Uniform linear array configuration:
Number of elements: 64
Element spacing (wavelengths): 0.5
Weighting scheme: hamming
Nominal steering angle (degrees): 45
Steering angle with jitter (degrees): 43.283
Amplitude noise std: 0.05
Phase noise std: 0.05

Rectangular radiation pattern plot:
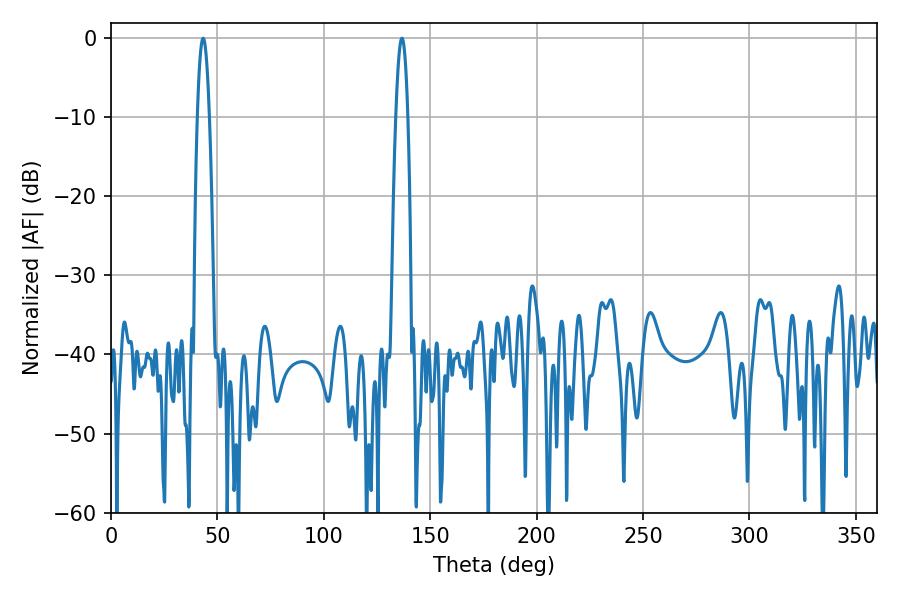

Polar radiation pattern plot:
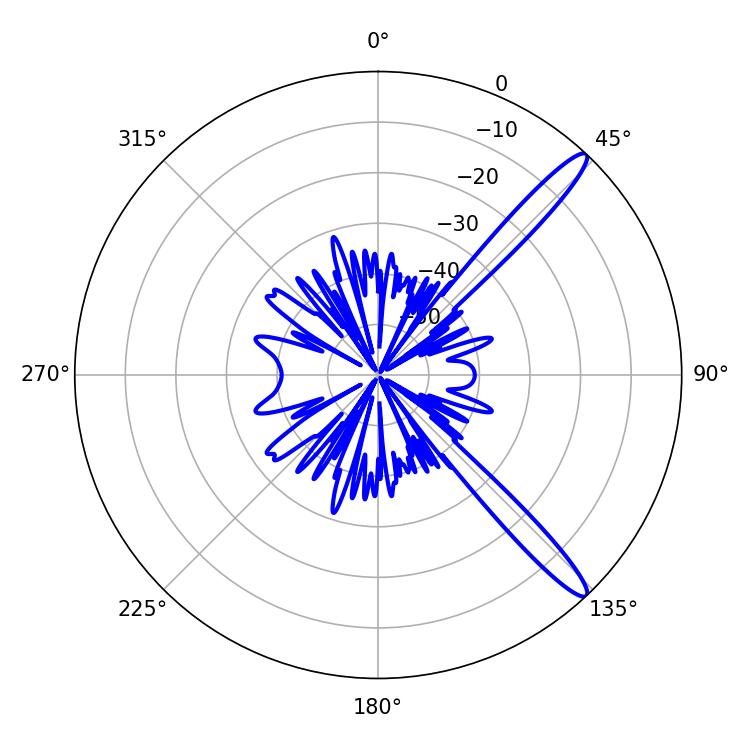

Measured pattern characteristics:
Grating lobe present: FALSE
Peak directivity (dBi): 13.917
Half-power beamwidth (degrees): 3.06
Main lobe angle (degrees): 43.38